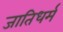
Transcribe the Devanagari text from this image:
जातिधर्म